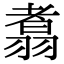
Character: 翥